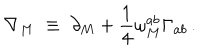
LaTeX: \nabla _ { M } \; \equiv \; \partial _ { M } + \frac { 1 } { 4 } \omega _ { M } ^ { a b } \Gamma _ { a b } \, .